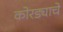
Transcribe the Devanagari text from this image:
कोरड्याचे